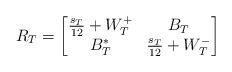
\begin{align*}R_T = \left[ \begin{matrix} \frac{s_T}{12} + W^+_T & B_T \\ B_T^* & \frac{s_T}{12} + W^-_T \end{matrix} \right]\end{align*}